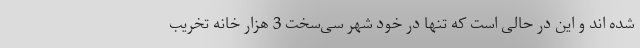
شده اند و این در حالی است که تنها در خود شهر سی‌سخت 3 هزار خانه تخریب